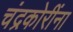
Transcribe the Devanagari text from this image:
चंद्रकोरींना